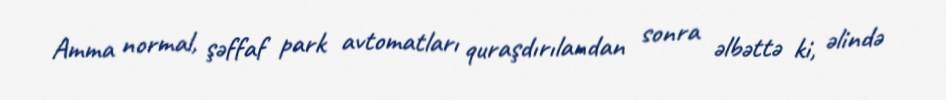
Amma normal, şəffaf park avtomatları quraşdırılandan sonra əlbəttə ki, əlində